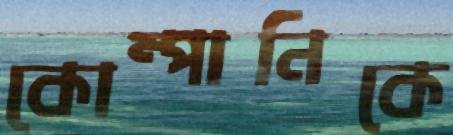
কোম্পানিকে